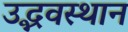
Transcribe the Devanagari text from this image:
उद्भवस्थान